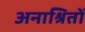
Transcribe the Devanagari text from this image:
अनाश्रितों